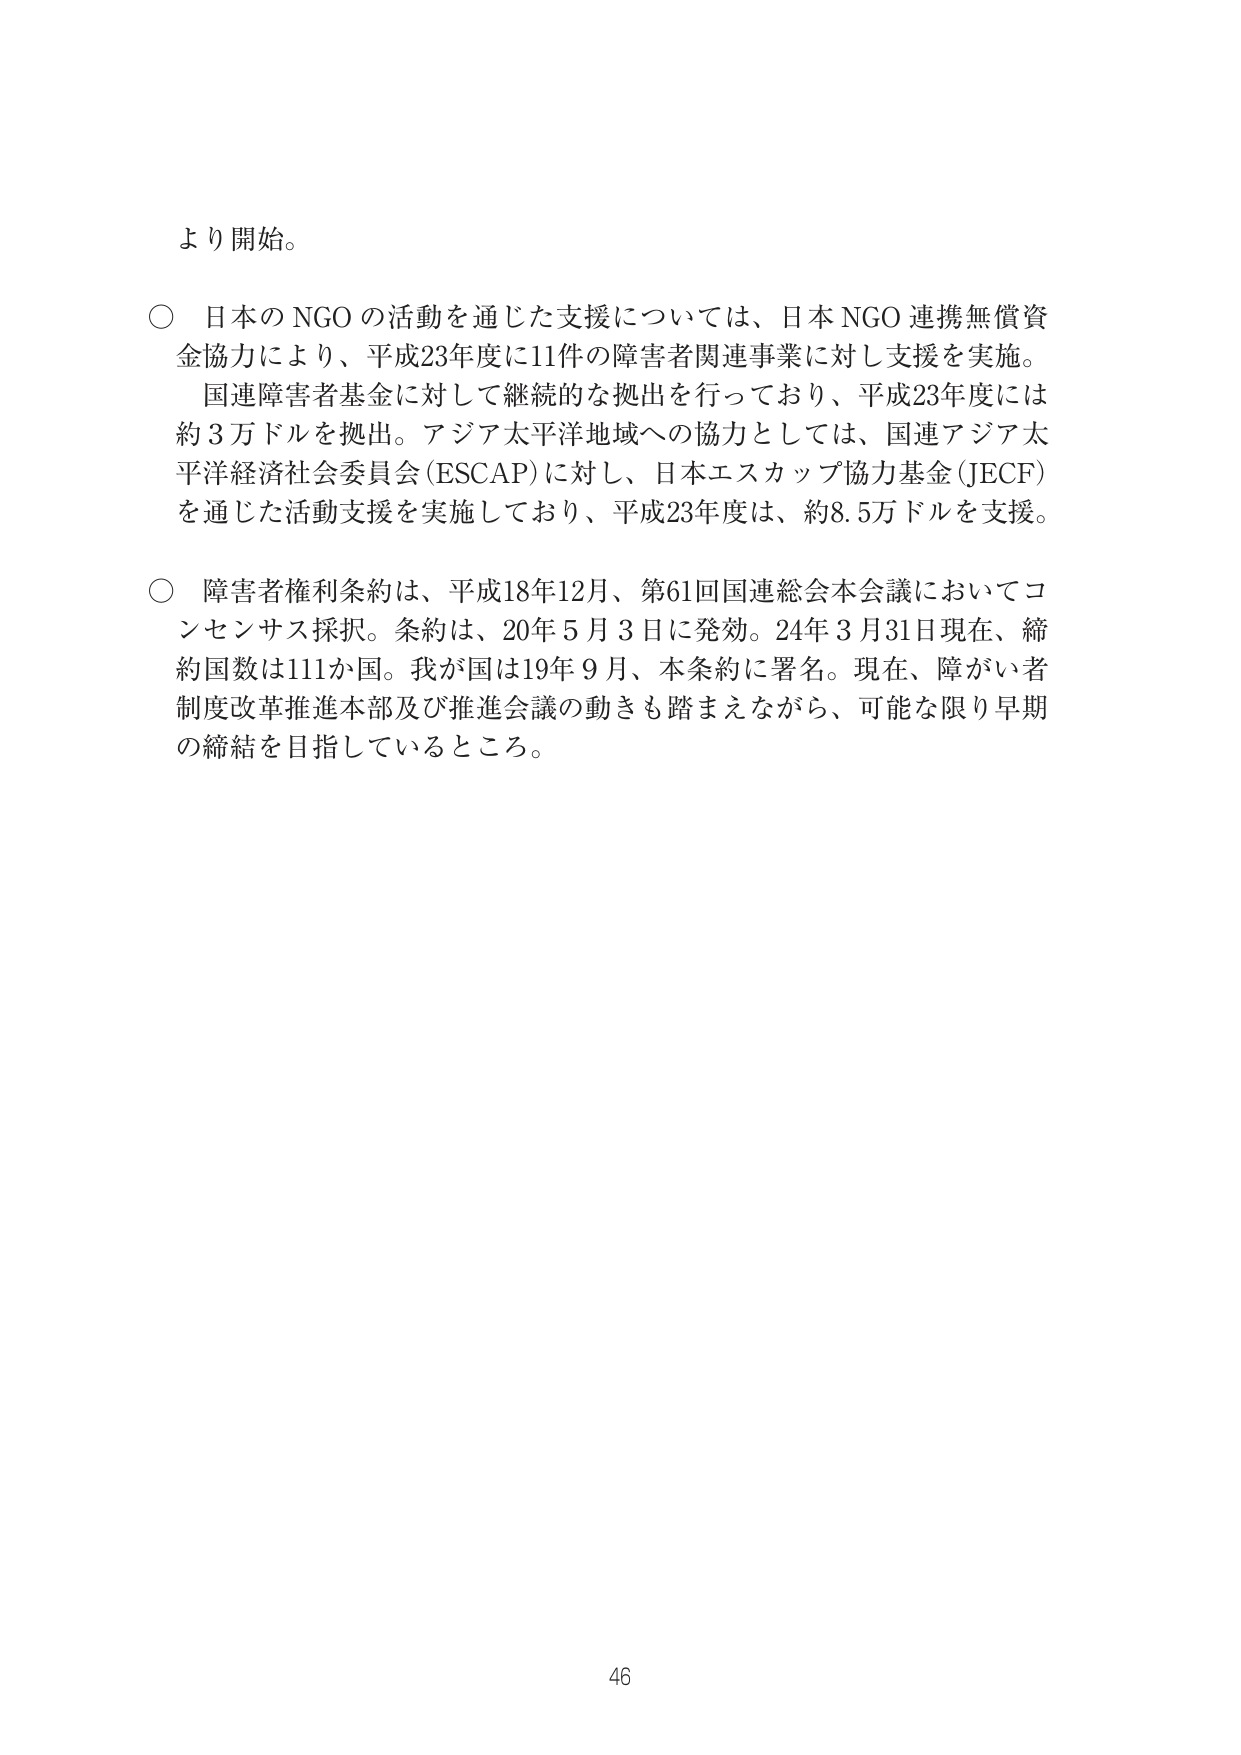
より開始。

○ 日本のNGOの活動を通じた支援については、日本NGO連携無償資金協力により、平成23年度に11件の障害者関連事業に対し支援を実施。国連障害者基金に対して継続的な拠出を行っており、平成23年度には約3万ドルを拠出。アジア太平洋地域への協力としては、国連アジア太平洋経済社会委員会(ESCAP)に対し、日本エスカップ協力基金(JECF)を通じた活動支援を実施しており、平成23年度は、約8.5万ドルを支援。

○ 障害者権利条約は、平成18年12月、第61回国連総会本会議においてコンセンサス採択。条約は、20年5月3日に発効。24年3月31日現在、締約国数は111か国。我が国は19年9月、本条約に署名。現在、障がい者制度改革推進本部及び推進会議の動きも踏まえながら、可能な限り早期の締結を目指しているところ。

46